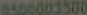
0500003500